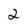
Character: 2